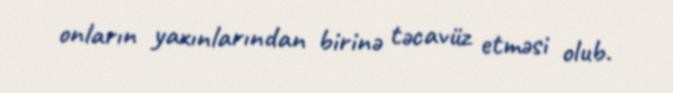
onların yaxınlarından birinə təcavüz etməsi olub.